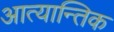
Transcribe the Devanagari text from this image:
आत्यान्तिक